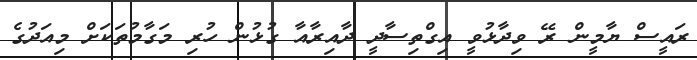
ރައީސް ޔާމީން ރޭ ވިދާޅުވީ އިގްތިސާދީ ދާއިރާއާ ގުޅުން ހުރި މަގާމުތަކަށް މިއަދުގެ